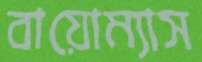
বায়োম্যাস